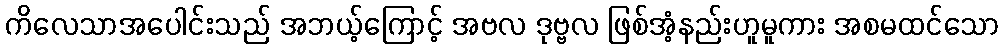
ကိလေသာအပေါင်းသည် အဘယ့်ကြောင့် အဗလ ဒုဗ္ဗလ ဖြစ်အံ့နည်းဟူမူကား အစမထင်သော